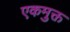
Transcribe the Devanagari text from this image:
एकमुक्त